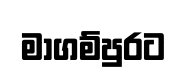
මාගම්පුරට